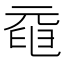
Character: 𠒞